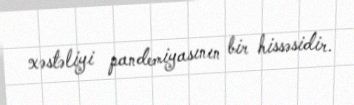
xəstəliyi pandemiyasının bir hissəsidir.